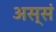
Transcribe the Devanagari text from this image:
अस्सं